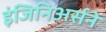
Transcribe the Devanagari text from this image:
इंजिनिअर्सने